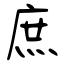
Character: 庶